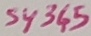
Text: S4345